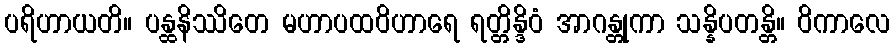
ပရိဟာယတိ။ ပန္ထနိဿိတေ မဟာပထဝိဟာရေ ရတ္တိန္ဒိဝံ အာဂန္တုကာ သန္နိပတန္တိ။ ဝိကာလေ